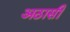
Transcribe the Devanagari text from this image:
अठासी